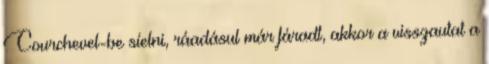
Courchevel-be síelni, ráadásul már fáradt, akkor a visszautat a